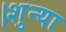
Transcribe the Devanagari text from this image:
।शुन्या